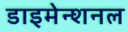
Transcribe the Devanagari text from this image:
डाइमेन्शनल